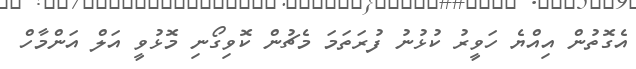
އެގޮތުން އިއްޔެ ހަވީރު ކުޅުނު ފުރަތަމަ މެޗުން ކޮވިގޯނި މޮޅުވީ އަލް އަންމާހް